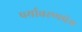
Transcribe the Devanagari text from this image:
पर्यावरणप्रेम